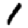
Digit: 1